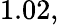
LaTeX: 1.02,